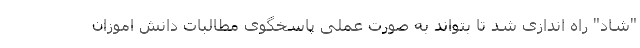
"شاد" راه اندازی شد تا بتواند به صورت عملی پاسخگوی مطالبات دانش اموزان